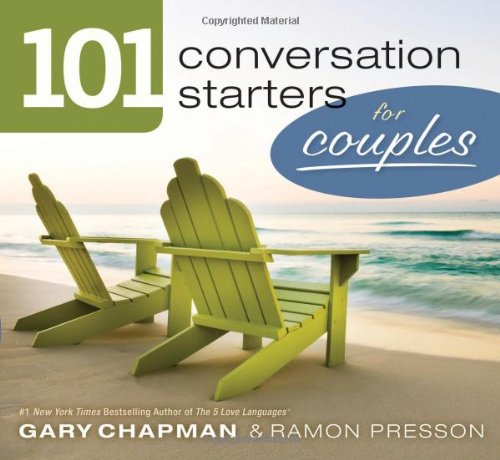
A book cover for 101 Conversation Starters for Couples (101 Conversations Starters); Gary D Chapman; Parenting & Relationships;